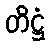
တိဋ္ဌံ